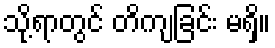
သို့ရာတွင် တိကျခြင်း မရှိ။